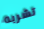
تشربه